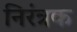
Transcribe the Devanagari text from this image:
निरंत्रक